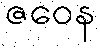
ဇဝေန